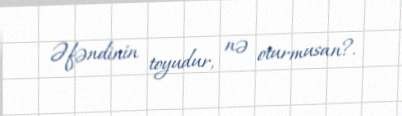
Əfəndinin toyudur, nə oturmusan?.